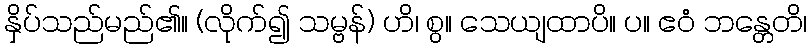
နှိပ်သည်မည်၏။ (လိုက်၍ သမ္ဗန်) ဟိ၊ စွ။ သေယျထာပိ။ ပ။ ဧဝံ ဘန္တေတိ၊